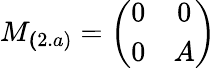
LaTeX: M_{\mathbf(2.a)}=\left(\begin{array}{cc}{{0}}&{{0}}\\ {{0}}&{{A}}\end{array}\right)